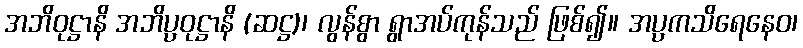
အဘိဝုဋ္ဌာနိ အဘိပ္ပဝုဋ္ဌာနိ (ဆဋ္ဌ)၊ လွန်စွာ ရွာအပ်ကုန်သည် ဖြစ်၍။ အပ္ပကသိရေနေဝ၊